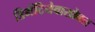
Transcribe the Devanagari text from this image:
डिमेंटियेवासोबत